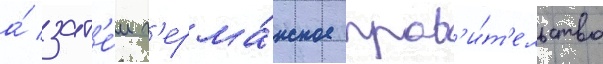
а́ зат'е́м г'ерма́нское прав'и́т'ельство